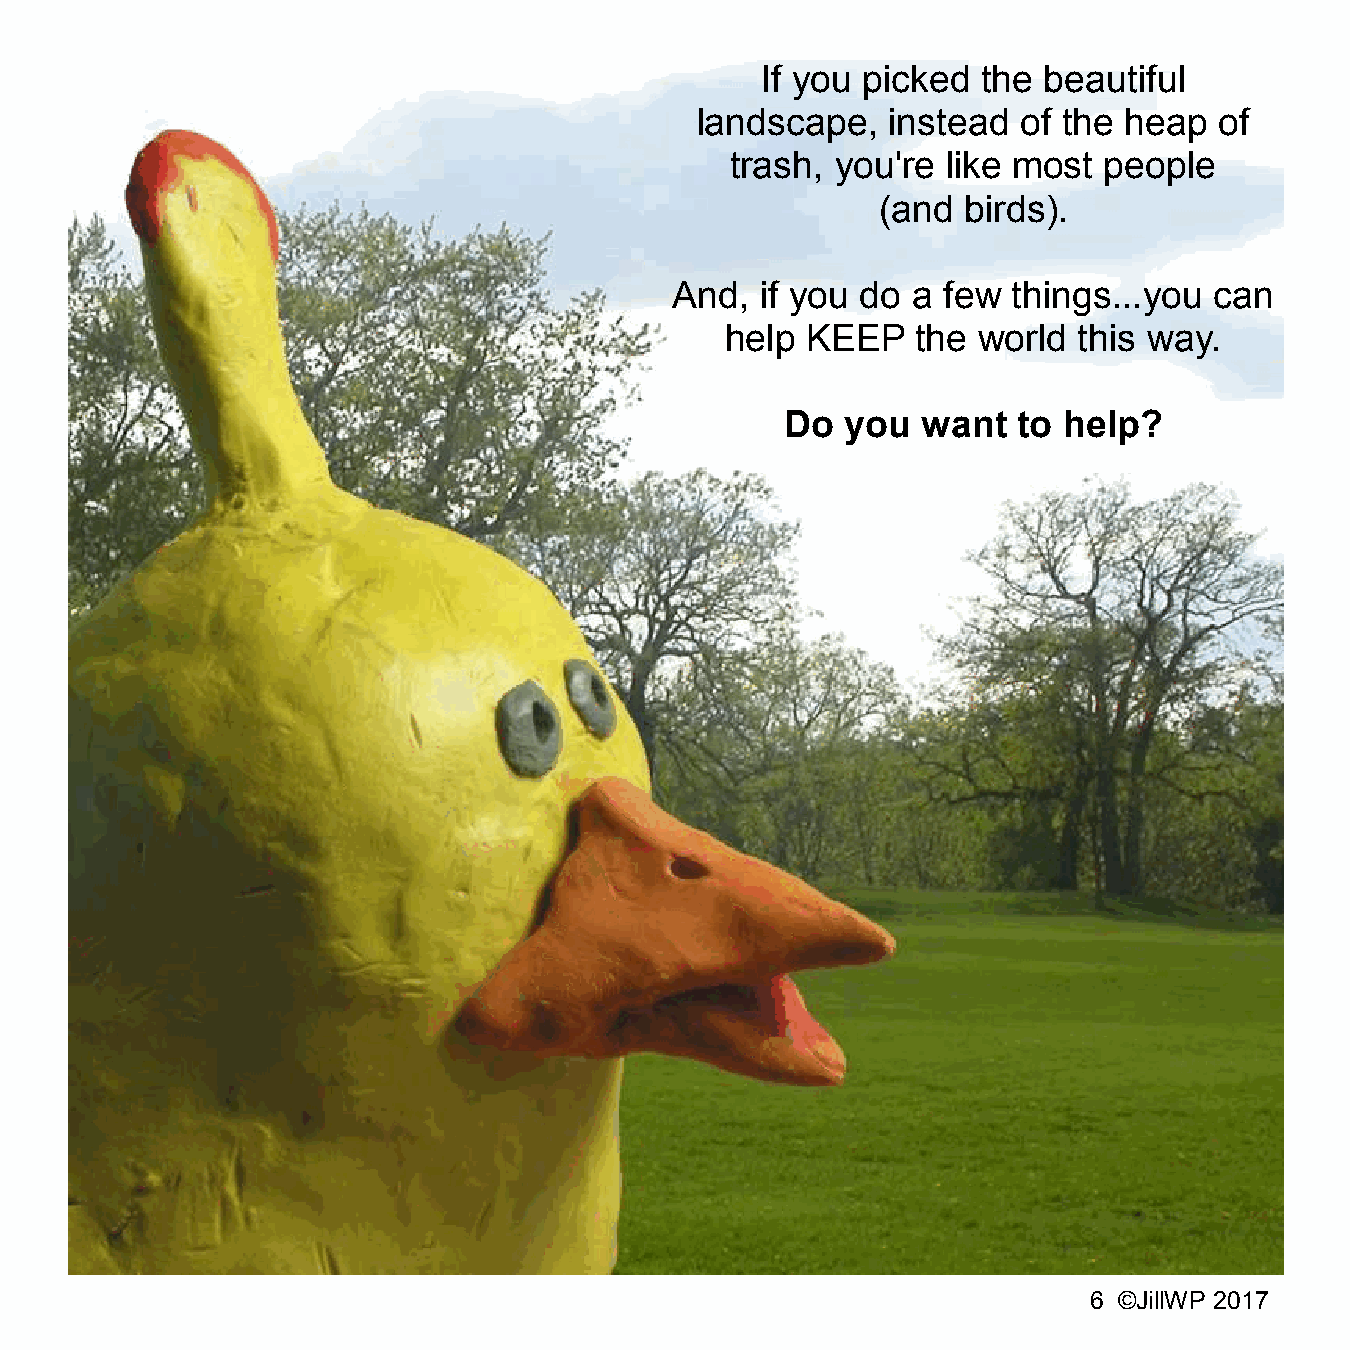
If you picked  the beautiful
 landscape,   instead  of the heap  of
 trash, you're  like most people
 (and  birds).
 And, if you do a few  things...you can
 help KEEP    the world this way.
 Do  you  want  to help?
 6 ©JillWP 2017